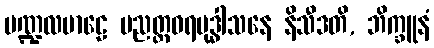
မဏ္ဍလမာဠေ ပညတ္တဝရဗုဒ္ဓါသနေ နိသီဒတိ, ဘိက္ခူနံ